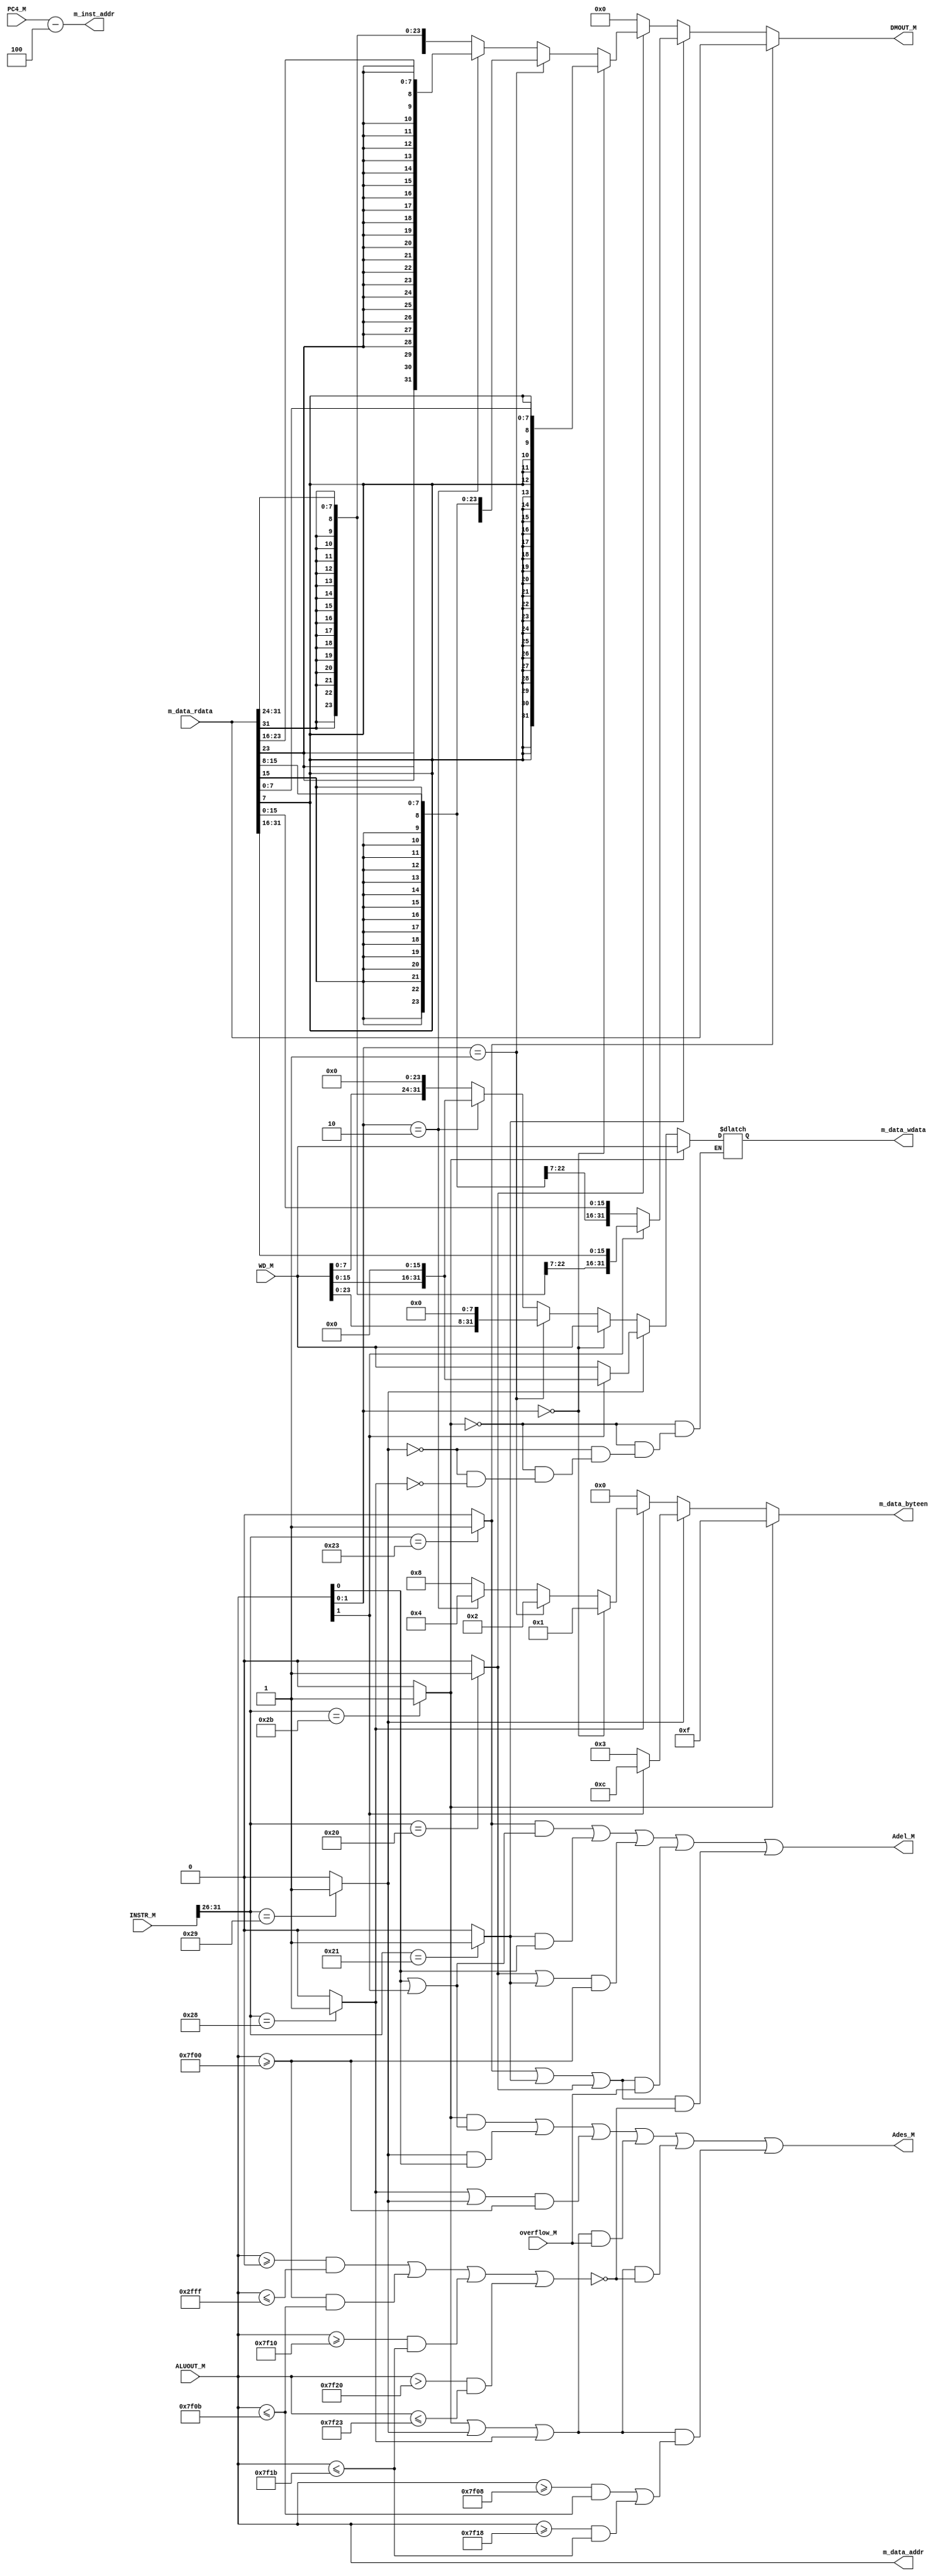
`timescale 1ns / 1ps
//////////////////////////////////////////////////////////////////////////////////
// Company: 
// Engineer: 
// 
// Design Name: 
// Module Name:    M_DataExt 
// Project Name: 
// Target Devices: 
// Tool versions: 
// Description: 
//
// Dependencies: 
//
// Revision: 
// Revision 0.01 - File Created
// Additional Comments: 
//
//////////////////////////////////////////////////////////////////////////////////
module M_DataExt(
    input [31:0] INSTR_M,
    input [31:0] WD_M,
    input [31:0] ALUOUT_M,
    input [31:0] PC4_M,
	 input [31:0] m_data_rdata,
    output [31:0] DMOUT_M,
	 output [3:0] m_data_byteen,
	 output [31:0] m_data_wdata,
	 output [31:0] m_data_addr,
	 output [31:0] m_inst_addr,
	 input overflow_M,
	 output Adel_M,
	 output Ades_M
    );

reg [31:0] Wdata;	 

assign m_data_addr = ALUOUT_M;
assign m_inst_addr = PC4_M - 4;

wire [1:0] by;
assign by = ALUOUT_M[1:0];

wire [5:0] opcode;
wire lw, lh, lb, sw, sh, sb;
assign opcode = INSTR_M[31:26];

assign lw = (opcode == 6'b100011)? 1 : 0;
assign lh = (opcode == 6'b100001)? 1 : 0;
assign lb = (opcode == 6'b100000)? 1 : 0;
assign sw = (opcode == 6'b101011)? 1 : 0;
assign sh = (opcode == 6'b101001)? 1 : 0;
assign sb = (opcode == 6'b101000)? 1 : 0;

wire load = lw | lh | lb;
wire store = sw | sh | sb;

wire lwAddExc = lw & (ALUOUT_M[0] | ALUOUT_M[1] == 1);
wire lhAddExc = lh & (ALUOUT_M[0] == 1);
wire lhlbTimer = (lb | lh) & (ALUOUT_M >= 32'h0000_7f00); /*&& ALUOUT_M <= 32'h0000_7f0b) ||(ALUOUT_M >= 32'h0000_7f10 && ALUOUT_M <= 32'h0000_7f1b));*/
wire loadOv = load & overflow_M;
wire loadRangeOff = load & (!((ALUOUT_M >= 32'h0000_0000 && ALUOUT_M <= 32'h0000_2FFF) || (ALUOUT_M >= 32'h0000_7f00 && ALUOUT_M <= 32'h0000_7f0b) ||(ALUOUT_M >= 32'h0000_7f10 && ALUOUT_M <= 32'h0000_7f1b) || (ALUOUT_M > 32'h0000_7f20 && ALUOUT_M <= 32'h0000_7f23)));
assign Adel_M = lwAddExc | lhAddExc | lhlbTimer | loadOv | loadRangeOff;

wire swAddExc = sw & (ALUOUT_M[0] | ALUOUT_M[1] == 1);
wire shAddExc = sh & (ALUOUT_M[0] == 1);
wire shsbTimer = (sb | sh) & (ALUOUT_M >= 32'h0000_7f00);
wire storeOv = store & overflow_M;
wire storeRangeOff = store & (!((ALUOUT_M >= 32'h0000_0000 && ALUOUT_M <= 32'h0000_2FFF) || (ALUOUT_M >= 32'h0000_7f00 && ALUOUT_M <= 32'h0000_7f0b) ||(ALUOUT_M >= 32'h0000_7f10 && ALUOUT_M <= 32'h0000_7f1b) || (ALUOUT_M > 32'h0000_7f20 && ALUOUT_M <= 32'h0000_7f23)));
wire storeCouter = store & ((ALUOUT_M >= 32'h0000_7f08 && ALUOUT_M <= 32'h0000_7f0b) || (ALUOUT_M >= 32'h00007f18 && ALUOUT_M <= 32'h7f1b));
assign Ades_M = swAddExc | shAddExc | shsbTimer | storeOv | storeRangeOff | storeCouter;

reg [3:0] symbol;
always @(*)begin
	if(sw == 1)begin
		symbol = 4'b1111;
		Wdata = WD_M;
	end
	else if(sh == 1)begin
		if(by[1] == 1)begin
			symbol = 4'b1100;
			Wdata = WD_M << 16;
		end
		else begin
			symbol = 4'b0011;
			Wdata = WD_M;
		end
	end
	else if(sb == 1)begin
		if(by == 2'b00)begin
			symbol = 4'b0001;
			Wdata = WD_M;
		end
		else if(by == 2'b01)begin
			symbol = 4'b0010;
			Wdata = WD_M << 8;
		end
		else if(by == 2'b10)begin
			symbol = 4'b0100;
			Wdata = WD_M << 16;
		end
		else begin
			symbol = 4'b1000;
			Wdata = WD_M << 24;
		end
	end
	else begin
		symbol = 4'b0000;
	end
end
assign m_data_byteen = symbol;
assign m_data_wdata = Wdata;

reg [31:0] Dout;
always @(*)begin
	if(lw == 1)begin
		Dout = m_data_rdata;
	end
	else if(lh == 1)begin
		if(by[1] == 1)begin
			Dout = {{16{m_data_rdata[31]}},m_data_rdata[31:16]};
		end
		else begin
			Dout = {{16{m_data_rdata[15]}},m_data_rdata[15:0]};
		end
	end
	else if(lb == 1)begin
		if(by == 2'b00)begin
			Dout = {{24{m_data_rdata[7]}}, m_data_rdata[7:0]};
		end
		else if(by == 2'b01)begin
			Dout = {{24{m_data_rdata[15]}}, m_data_rdata[15:8]};
		end
		else if(by == 2'b10)begin
			Dout = {{24{m_data_rdata[23]}}, m_data_rdata[23:16]};
		end
		else begin
			Dout = {{24{m_data_rdata[31]}}, m_data_rdata[31:24]};
		end
	end
	else begin
		Dout = 0;
	end
end
assign DMOUT_M = Dout;

endmodule